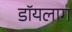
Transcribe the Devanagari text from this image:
डॉयलाग